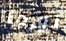
نورما